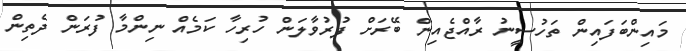
މައިންބަފައިން ތަހުސީނު ރާއްޖެއިން ބޭރަށް ފުރުވާލަން ހުރިހާ ކަމެއް ނިންމާ ފުރަން ދެތިން